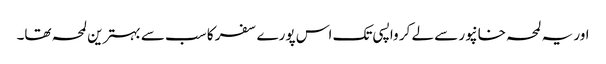
اور یہ لمحہ خانپور سے لے کر واپسی تک اس پورے سفر کا سب سے بہترین لمحہ تھا۔